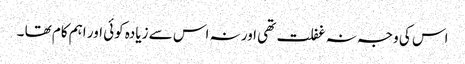
اس کی وجہ نہ غفلت تھی اور نہ اس سے زیادہ کوئی اور اہم کام تھا ۔